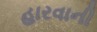
હારવાની